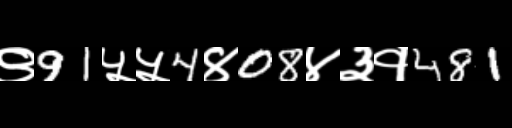
Text: ९91५५4४08४३१481